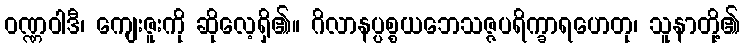
ဝဏ္ဏဝါဒီ၊ ကျေးဇူးကို ဆိုလေ့ရှိ၏။ ဂိလာနပ္ပစ္စယဘေသဇ္ဇပရိက္ခာရဟေတု၊ သူနာတို့၏